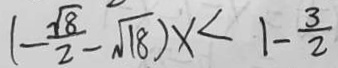
( - \frac { \sqrt { 8 } } { 2 } - \sqrt { 1 8 } ) x \angle 1 - \frac { 3 } { 2 }